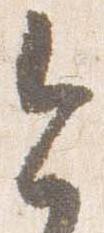
今